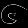
Digit: ၆